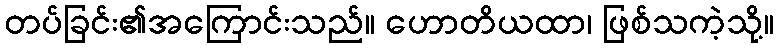
တပ်ခြင်း၏အကြောင်းသည်။ ဟောတိယထာ၊ ဖြစ်သကဲ့သို့။